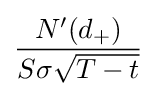
{\frac {N'(d_{+})}{S\sigma {\sqrt {T-t}}}}